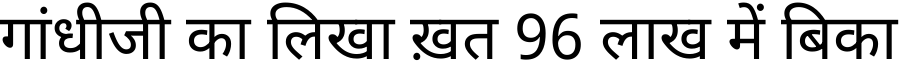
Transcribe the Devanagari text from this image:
गांधीजी का लिखा ख़त 96 लाख में बिका